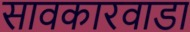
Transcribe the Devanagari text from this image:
सावकारवाडा